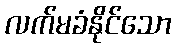
လက်မခံနိုင်သော